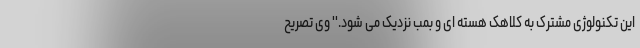
این تکنولوژی مشترک به کلاهک هسته ای و بمب نزدیک می شود.'' وی تصریح